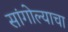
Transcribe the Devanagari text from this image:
सांगोल्याचा